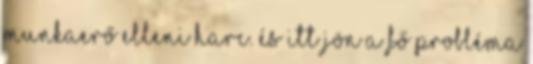
munkaerő elleni harc. És itt jön a fő probléma